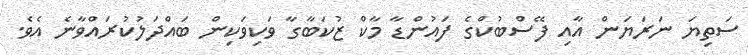
ސަތިޔަ ނަރަޔަން އާއި ފޭސްބުކްގެ ފައުންޑާ މާކް ޒުކަބާގާ ވަކިވަކިން ބައްދަލުކުރައްވާނެ އެވެ.